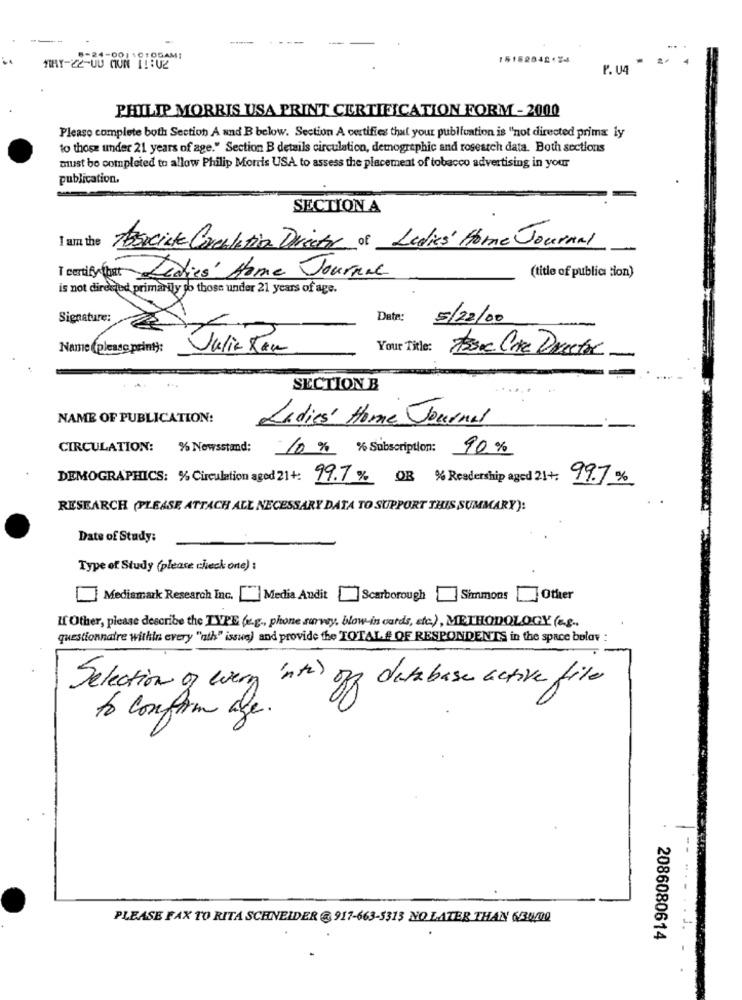
-OO! * C TODAMI
15152842124
P. U.
PHILIP MORRIS USA PRINT CERTIFICATION FORM - 2000
Please complete both Section A and B below. Section A certifies that your publfuntion is "not directed prima ly
to those under 21 years of age." Section B details circulation, demographic and rosestch data. Both sections
must be completed to allow Philip Morris USA to assess the placement of tobacco advertising in your
publication.
SECTION A
I am the
Associate Corestation Director of Ludic' Home Journal
I emily that Ledies' Home Journal
(title of public tion)
is not directed primarily jo those under 21 years of age.
Signature:
Date:
5/22/00
Name (please print):
Julie Raw
Your Title:
taxx Cine Director
SECTION B
NAME OF PUBLICATION:
Ladies' Home Journal
CIRCULATION: % Newsstand;
10 % % Subscription: 90%
DEMOGRAPHICS: % Circulation aged 21+: 99.7% OR % Readership aged 21+. 99.7%
RESEARCH (PLEASE ATTACH ALL NECESSARY DATA TO SUPPORT THIS SUMMARY):
Date of Study:
Type of Study (please check one) :
Mediamark Research Inc. Media Audit Scarborough
Simmons
Other
If Other, please describe the TYPE (e.g ., phone surwy, blow-in cards, etc.), METHODOLOGY (ag.
questionnaire within every "ath" issue) and provide the TOTAL & OF RESPONDENTS in the space bolav :
Selection of every 'nt )
database active file
to confirm age.
PLEASE FAX TO RITA SCHNEIDER @ 917-663-5313 NO LATER THAN 6/34/00
2086080614